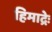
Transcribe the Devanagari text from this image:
हिमाद्रेः